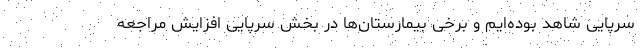
سرپایی شاهد بوده‌ایم و برخی بیمارستان‌ها در بخش سرپایی افزایش مراجعه